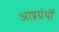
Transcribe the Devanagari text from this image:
आष्रग्रंथों